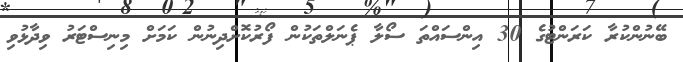
ބޭނުންކުރާ ކަރަންޓުގެ 30 އިންސައްތަ ސޯލާ ޕެނަލްތަކުން ފޯރުކޮށްދިނުން ކަމަށް މިނިސްޓަރު ވިދާޅުވި